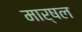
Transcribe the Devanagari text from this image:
मार्षल